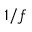
1 / f